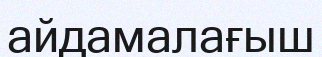
айдамалағыш